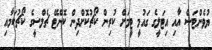
ޔުވެންޓަސް އާއި އިޓަލީގެ ގައުމީ ޓީމަށް ކުރިން ކޯޗުކޮށްދިން ކޮންޓޭ ޗެލްސީގެ ކޯޗުކަމާއި